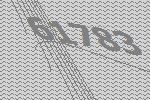
61783